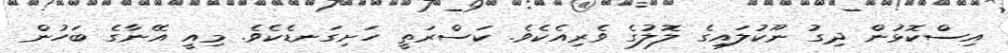
އިސްކޮޅުން ދިގު ނޫކުލައިގެ ލޮލުގެ ވެރިއެކެވެ. ކަސްރަތީ ހަށިގަނޑެކެވެ. މިއީ އޭނާގެ ބަހުން